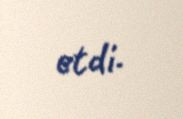
etdi.